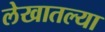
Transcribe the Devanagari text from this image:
लेखातल्या